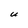
Character: U